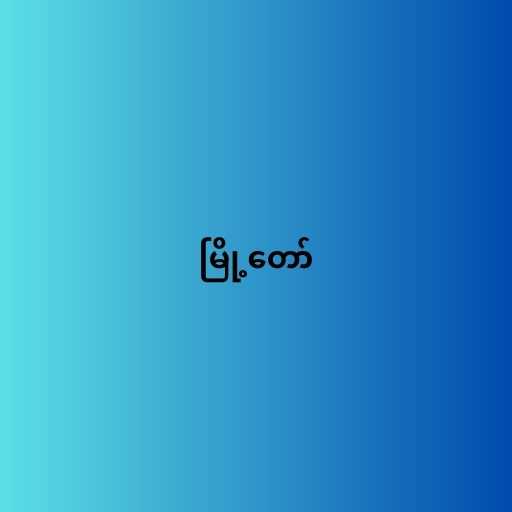
မြို့တော်